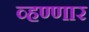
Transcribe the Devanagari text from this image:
व्हण्णार